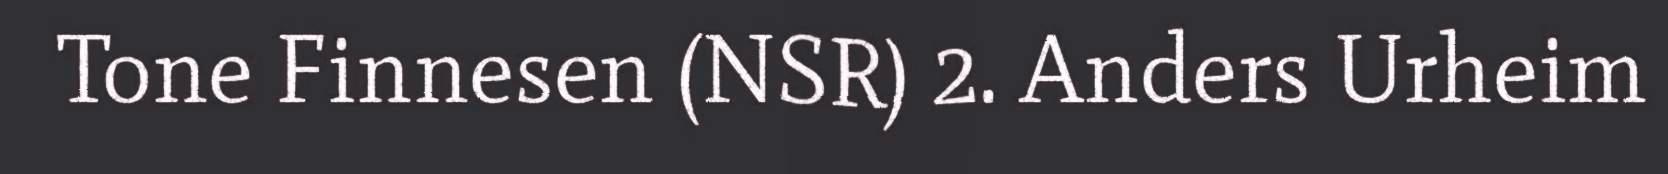
Tone Finnesen (NSR) 2. Anders Urheim